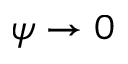
\psi \to 0